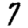
Digit: 7